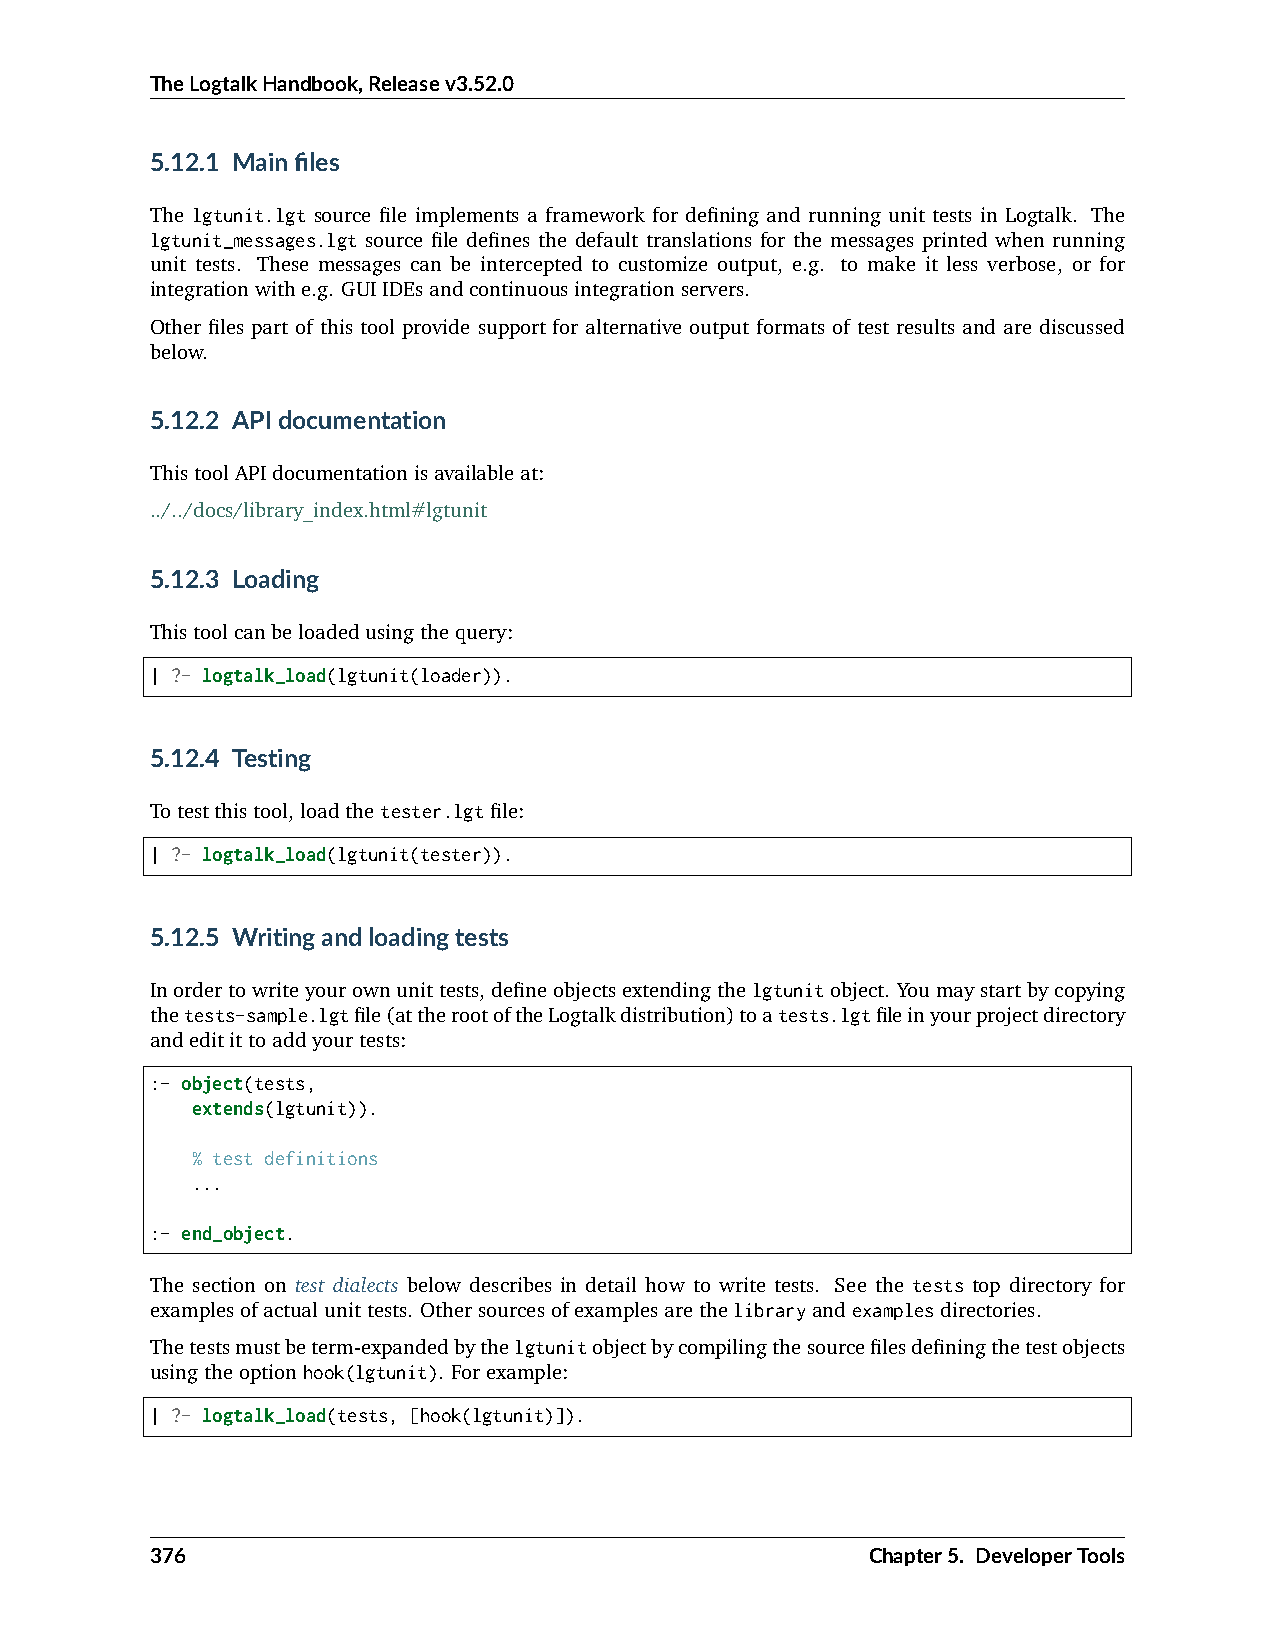
TheLogtalkHandbook,Releasev3.52.0
 5.12.1 Mainfiles
 The lgtunit.lgt source file implements a framework for defining and running unit tests in Logtalk. The
 lgtunit_messages.lgt source file defines the default translations for the messages printed when running
 unit tests. These messages can be intercepted to customize output, e.g. to make it less verbose, or for
 integrationwithe.g. GUIIDEsandcontinuousintegrationservers.
 Other files part of this tool provide support for alternative output formats of test results and are discussed
 below.
 5.12.2 APIdocumentation
 ThistoolAPIdocumentationisavailableat:
 ../../docs/library_index.html#lgtunit
 5.12.3 Loading
 Thistoolcanbeloadedusingthequery:
 | ?- logtalk_load(lgtunit(loader)).
 5.12.4 Testing
 Totestthistool,loadthetester.lgtfile:
 | ?- logtalk_load(lgtunit(tester)).
 5.12.5 Writingandloadingtests
 Inordertowriteyourownunittests,defineobjectsextendingthelgtunitobject. Youmaystartbycopying
 thetests-sample.lgtfile(attherootoftheLogtalkdistribution)toatests.lgtfileinyourprojectdirectory
 andeditittoaddyourtests:
 :- object(tests,
 extends(lgtunit)).
 % test definitions
 ...
 :- end_object.
 The section on test dialects below describes in detail how to write tests. See the tests top directory for
 examplesofactualunittests. Othersourcesofexamplesarethelibraryandexamplesdirectories.
 Thetestsmustbeterm-expandedbythelgtunitobjectbycompilingthesourcefilesdefiningthetestobjects
 usingtheoptionhook(lgtunit). Forexample:
 | ?- logtalk_load(tests, [hook(lgtunit)]).
 376                                             Chapter5. DeveloperTools